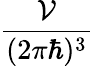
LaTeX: \frac{{\cal{V}}}{(2\pi\hbar)^{3}}